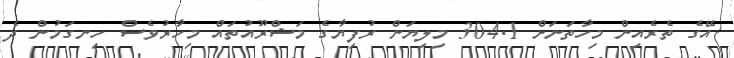
އޭގެ ތެރެއިން މިހާތަނަށް 304.1 މިލިޔަން ރުފިޔާގެ މަޝްރޫއުތައް މިހާރުވެސް ހިނގަމުން ދެ